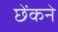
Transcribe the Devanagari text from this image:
छेंकने